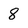
Character: 8